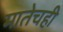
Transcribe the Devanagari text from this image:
मातेचही